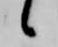
候